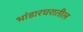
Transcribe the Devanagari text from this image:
भांडारघरातील